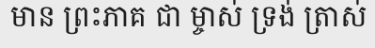
មាន ព្រះភាគ ជា ម្ចាស់ ទ្រង់ ត្រាស់